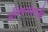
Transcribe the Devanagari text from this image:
अश्विनलाही